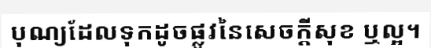
បុណ្យដែលទុកដូចផ្លូវនៃសេចក្តីសុខ ឬល្អ។